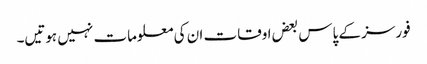
فورسز کے پاس بعض اوقات ان کی معلومات نہیں ہوتیں۔